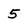
Character: 5